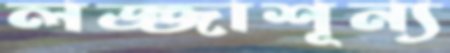
লজ্জাশূন্য